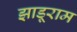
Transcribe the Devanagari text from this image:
झाड़ूराम